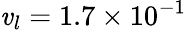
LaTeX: {\mathit{v}_{l}}=\mathrm{{{}}}1.7\times{10^{-1}}